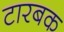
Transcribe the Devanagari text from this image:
टारबक